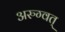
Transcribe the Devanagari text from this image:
अरुग्वत्